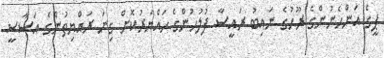
ޕީގެ އަންހެނުންގެ ރޫޙުގެ ނައިބު ރައީސާ ފުލުހުންގެ ހައްޔަރުކޮށް ގިނަ ރައްޔިތުންގެ އަސާސީ